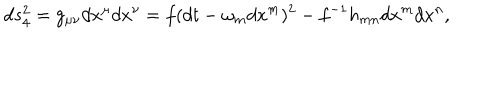
LaTeX: d s _ { 4 } ^ { 2 } = g _ { \mu \nu } d x ^ { \mu } d x ^ { \nu } = f ( d t - \omega _ { m } d x ^ { m } ) ^ { 2 } - f ^ { - 1 } h _ { m n } d x ^ { m } d x ^ { n } ,